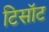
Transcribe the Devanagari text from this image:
टिसॉट